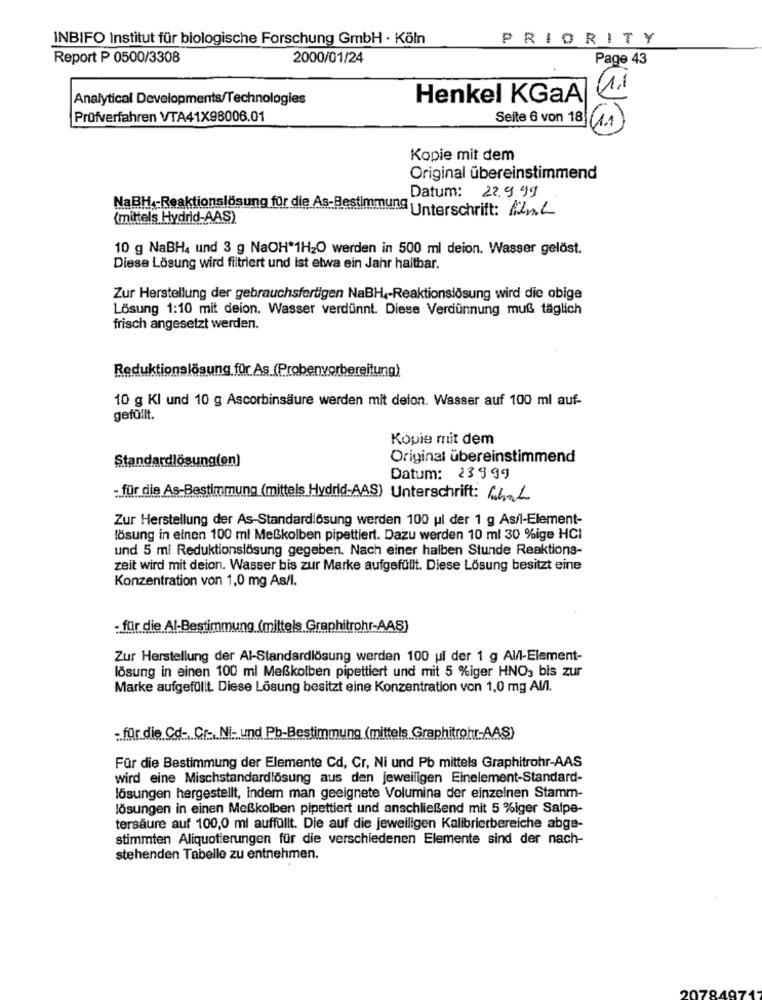
INBIFO Institut für biologische Forschung GmbH · Köln
PRIORITY
Report P 0500/3308
2000/01/24
Page 43
1.1
Analytical Developments/Technologies
Henkel KGaA
Prüfverfahren VTA41X98006.01
Seite 6 von 18
1.1
Kopie mit dem
Original übereinstimmend
Datum: 22.9.99
NaBH ,- Reaktionslosung für die As
ing Unterschrift: All
(mittels Hydrid-AAS)
10 g NaBH, und 3 g NaOH*1H2O werden in 500 ml deion. Wasser gelöst.
Diese Lösung wird filtriert und ist etwa ein Jahr haltbar.
Zur Herstellung der gebrauchsfertigen NaBH4-Reaktionslösung wird die obige
Lösung 1:10 mit deion. Wasser verdünnt. Diese Verdünnung muß täglich
frisch angesetzt werden.
Reduktionslösung für As (Probenvorbereitung)
10 g Kl und 10 g Ascorbinsäure werden mit deion. Wasser auf 100 ml auf-
gefüllt.
Kopie mit dem
Standardlösung(en)
Original übereinstimmend
Datum: 23999
- für die As-Bestimmung (mittels Hydrid-AAS) Unterschrift: 64-L
Zur Herstellung der As-Standardlösung werden 100 ul der 1 g As/l-Element-
lösung in einen 100 ml Meßkolben pipettiert. Dazu werden 10 ml 30 %ige HCI
und 5 ml Reduktionslösung gegeben. Nach einer halben Stunde Reaktions-
zeit wird mit deion. Wasser bis zur Marke aufgefüllt. Diese Lösung besitzt eine
Konzentration von 1,0 mg As/l.
:. für die Al-Bestimmung (mittels Graphitrohr-AAS)
Zur Herstellung der Al-Standardlösung werden 100 ul der 1 g Al/l-Element-
lösung in einen 100 ml Meßkolben pipettiert und mit 5 %iger HNO, bis zur
Marke aufgefüllt. Diese Lösung besitzt eine Konzentration von 1,0 mg Al/l.
- für die Cd- Cr .. Ni- und Pb-Bestimmung (mittels Graphitrohr-AAS)
Für die Bestimmung der Elemente Cd, Cr, Ni und Pb mittels Graphitrohr-AAS
wird eine Mischstandardlösung aus den jeweiligen Einelement-Standard-
lösungen hergestellt, indem man geeignete Volumina der einzelnen Stamm-
lösungen in einen Meßkolben pipettiert und anschließend mit 5 %iger Salpe-
tersäure auf 100,0 ml auffüllt. Die auf die jeweiligen Kalibrierbereiche abge-
stimmten Aliquotierungen für die verschiedenen Elemente sind der nach-
stehenden Tabelle zu entnehmen.